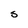
Character: S